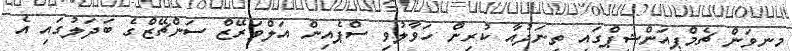
މިނިވަން ޗެމްޕިއަންޝިޕްގައި ތިނަދުއާ ކުރިން ހަވާލުވި ސްޕެއިން އަލްވަރޭޒް ސަންޗޭޒްގެ ބަދަލުގައި އެ